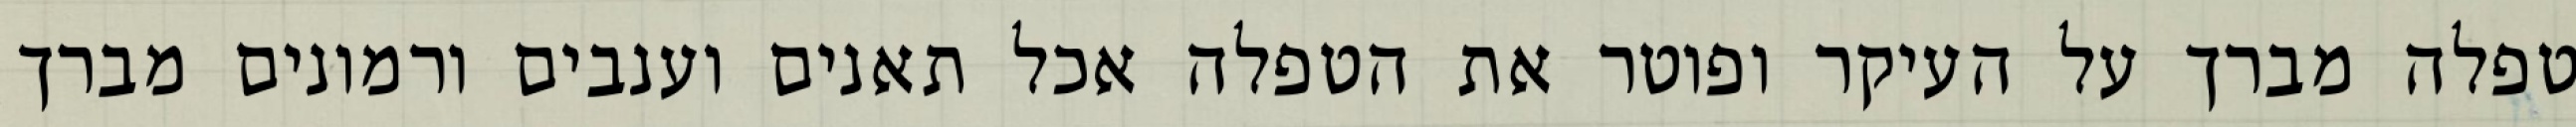
טפלה מברך על העיקר ופוטר את הטפלה אכל תאנים וענבים ורמונים מברך